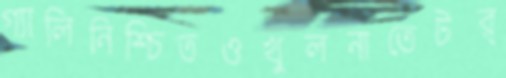
গ্যালিনিশ্চিতওখুলনাতেটর্